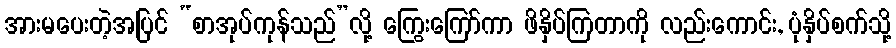
အားမပေးတဲ့အပြင် “စာအုပ်ကုန်သည်”လို့ ကြွေးကြော်ကာ ဖိနှိပ်ကြတာကို လည်းကောင်း, ပုံနှိပ်စက်သို့